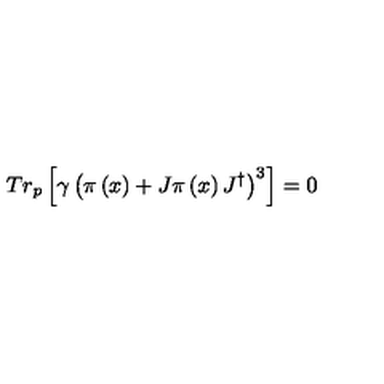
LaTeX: T r _ { p } \left[ \gamma \left( \pi \left( x \right) + J \pi \left( x \right) J ^ { \dagger } \right) ^ { 3 } \right] = 0